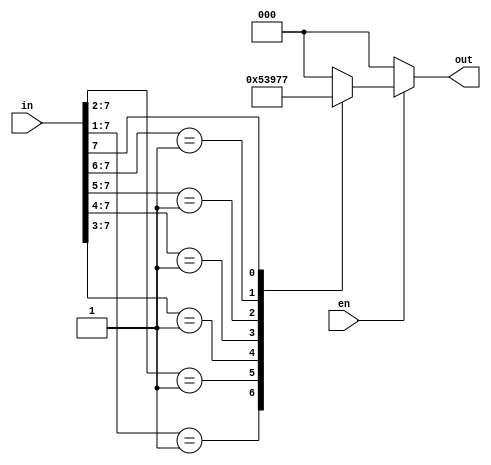
module priencoder8to3(input en,input [7:0] in,output [2:0] out);
reg [2:0]out;
always@(*)
begin
if(en==0)
out=0;
else
begin
casex(in)
8'b00000001:out=3'b000;
8'b0000001x:out=3'b001;
8'b000001xx:out=3'b010;
8'b00001xxx:out=3'b011;
8'b0001xxxx:out=3'b100;
8'b001xxxxx:out=3'b101;
8'b01xxxxxx:out=3'b110;
8'b1xxxxxxx:out=3'b111;
default:out=3'b000;
endcase
end
end
endmodule